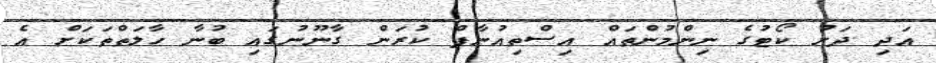
އަދި ދަށު ކޯޓުގެ ނިންމުންތައް އިސްތިއުނާފް ކުރަން ގާނޫނުގައި ބުނާ ހާލަތްތަކަށް އެ